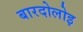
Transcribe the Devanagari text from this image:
बारदोलोइ